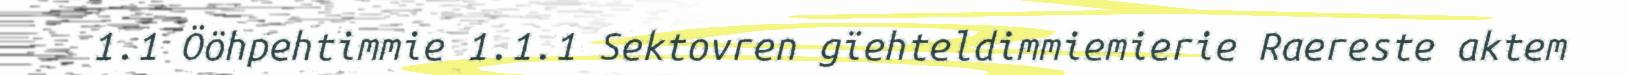
1.1 Ööhpehtimmie 1.1.1 Sektovren gïehteldimmiemierie Raereste aktem